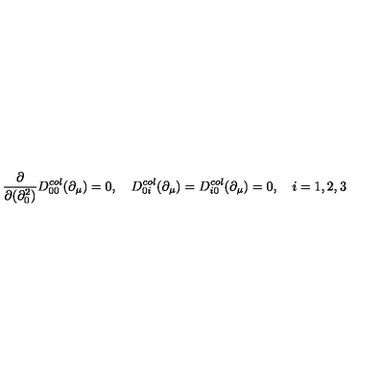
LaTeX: \frac { \partial } { \partial ( \partial _ { 0 } ^ { 2 } ) } D _ { 0 0 } ^ { c o l } ( \partial _ { \mu } ) = 0 , \quad D _ { 0 i } ^ { c o l } ( \partial _ { \mu } ) = D _ { i 0 } ^ { c o l } ( \partial _ { \mu } ) = 0 , \quad i = 1 , 2 , 3